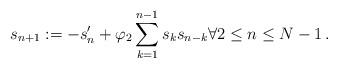
LaTeX: \begin{align*}s_{n+1} := -s_n'+\varphi_2 \sum_{k=1}^{n-1}s_ks_{n-k}\forall 2\leq n\leq N-1\,.\end{align*}